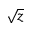
\sqrt { z }